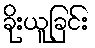
ခိုးယူခြင်း